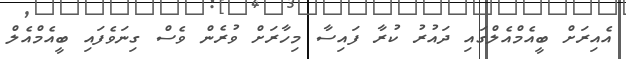
އެއިރަށް ބީއެމްއެލްގައި ދައުރު ކުރާ ފައިސާ މިހާރަށް ވުރެން ވެސް ގިނަވެފައި ބީއެމްއެލް